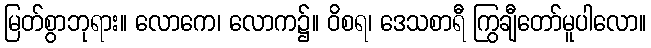
မြတ်စွာဘုရား။ လောကေ၊ လောက၌။ ဝိစရ၊ ဒေသစာရီ ကြွချီတော်မူပါလော။